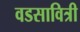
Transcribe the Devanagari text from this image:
वडसावित्री